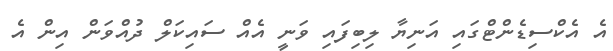
އެ އެކްސިޑެންޓްގައި އަނިޔާ ލިބިފައި ވަނީ އެއް ސައިކަލް ދުއްވަން އިން އެ